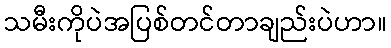
သမီးကိုပဲအပြစ်တင်တာချည်းပဲဟာ။